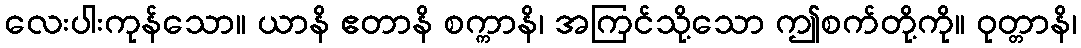
လေးပါးကုန်သော။ ယာနိ ဧတာနိ စက္ကာနိ၊ အကြင်သို့သော ဤစက်တို့ကို။ ဝုတ္တာနိ၊